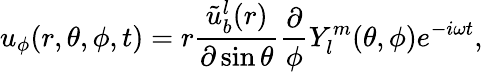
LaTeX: u_{\phi}(r,\theta,\phi,t)=r\frac{\tilde{u}_{b}^{l}(r)}{\partial\sin\theta}\frac{\partial}{\phi}Y_{l}^{m}(\theta,\phi)e^{-i\omega t},